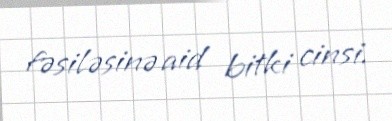
fəsiləsinə aid bitki cinsi.